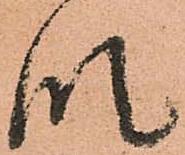
段